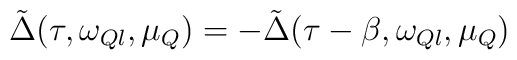
\tilde{\Delta}(\tau,\omega_{Ql},\mu_Q) =-\tilde{\Delta}(\tau-\beta,\omega_{Ql},\mu_Q)